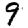
Digit: 9